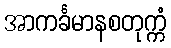
အာကင်္ခမာနစတုက္ကံ